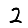
Digit: 2